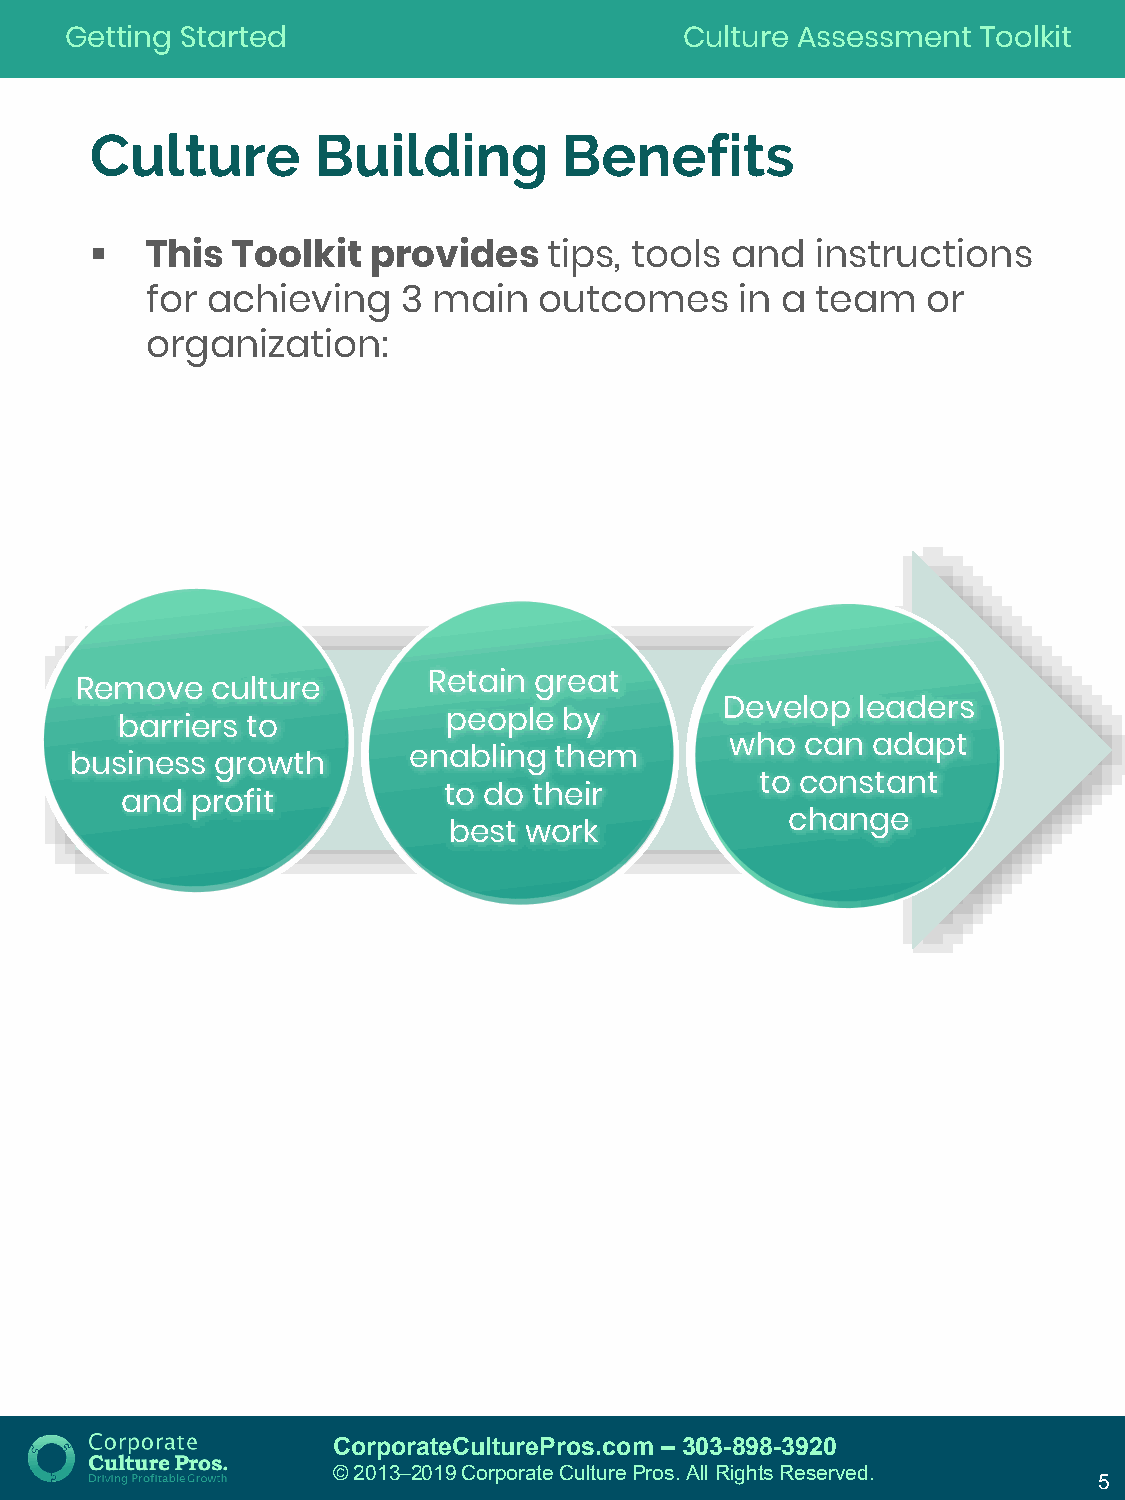
Getting Started                          Culture Assessment  Toolkit
 Culture        Building        Benefits
 
 This Toolkit  provides    tips, tools and   instructions
 for achieving    3 main   outcomes     in a team   or
 organization:
 Retain great
 Remove   culture
 Develop  leaders
 people by
 barriers to
 who  can  adapt
 enabling  them
 business growth
 to constant
 to do their
 and  profit
 change
 best work
 CorporateCulturePros.com – 303-898-3920
 © 2013─2019 Corporate Culture Pros. All Rights Reserved.
 5